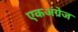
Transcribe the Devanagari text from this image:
एकअंग्रेज